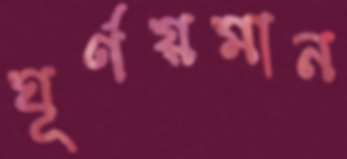
ঘূর্ণয়মান